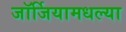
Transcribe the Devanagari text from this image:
जॉर्जियामधल्या